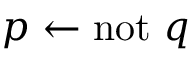
p \leftarrow \mathrm { n o t } ~ q